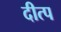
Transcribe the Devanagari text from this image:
दीत्प